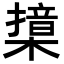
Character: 𣚮